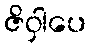
ဇိဝှါပေ